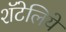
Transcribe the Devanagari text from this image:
शॅटेलिये